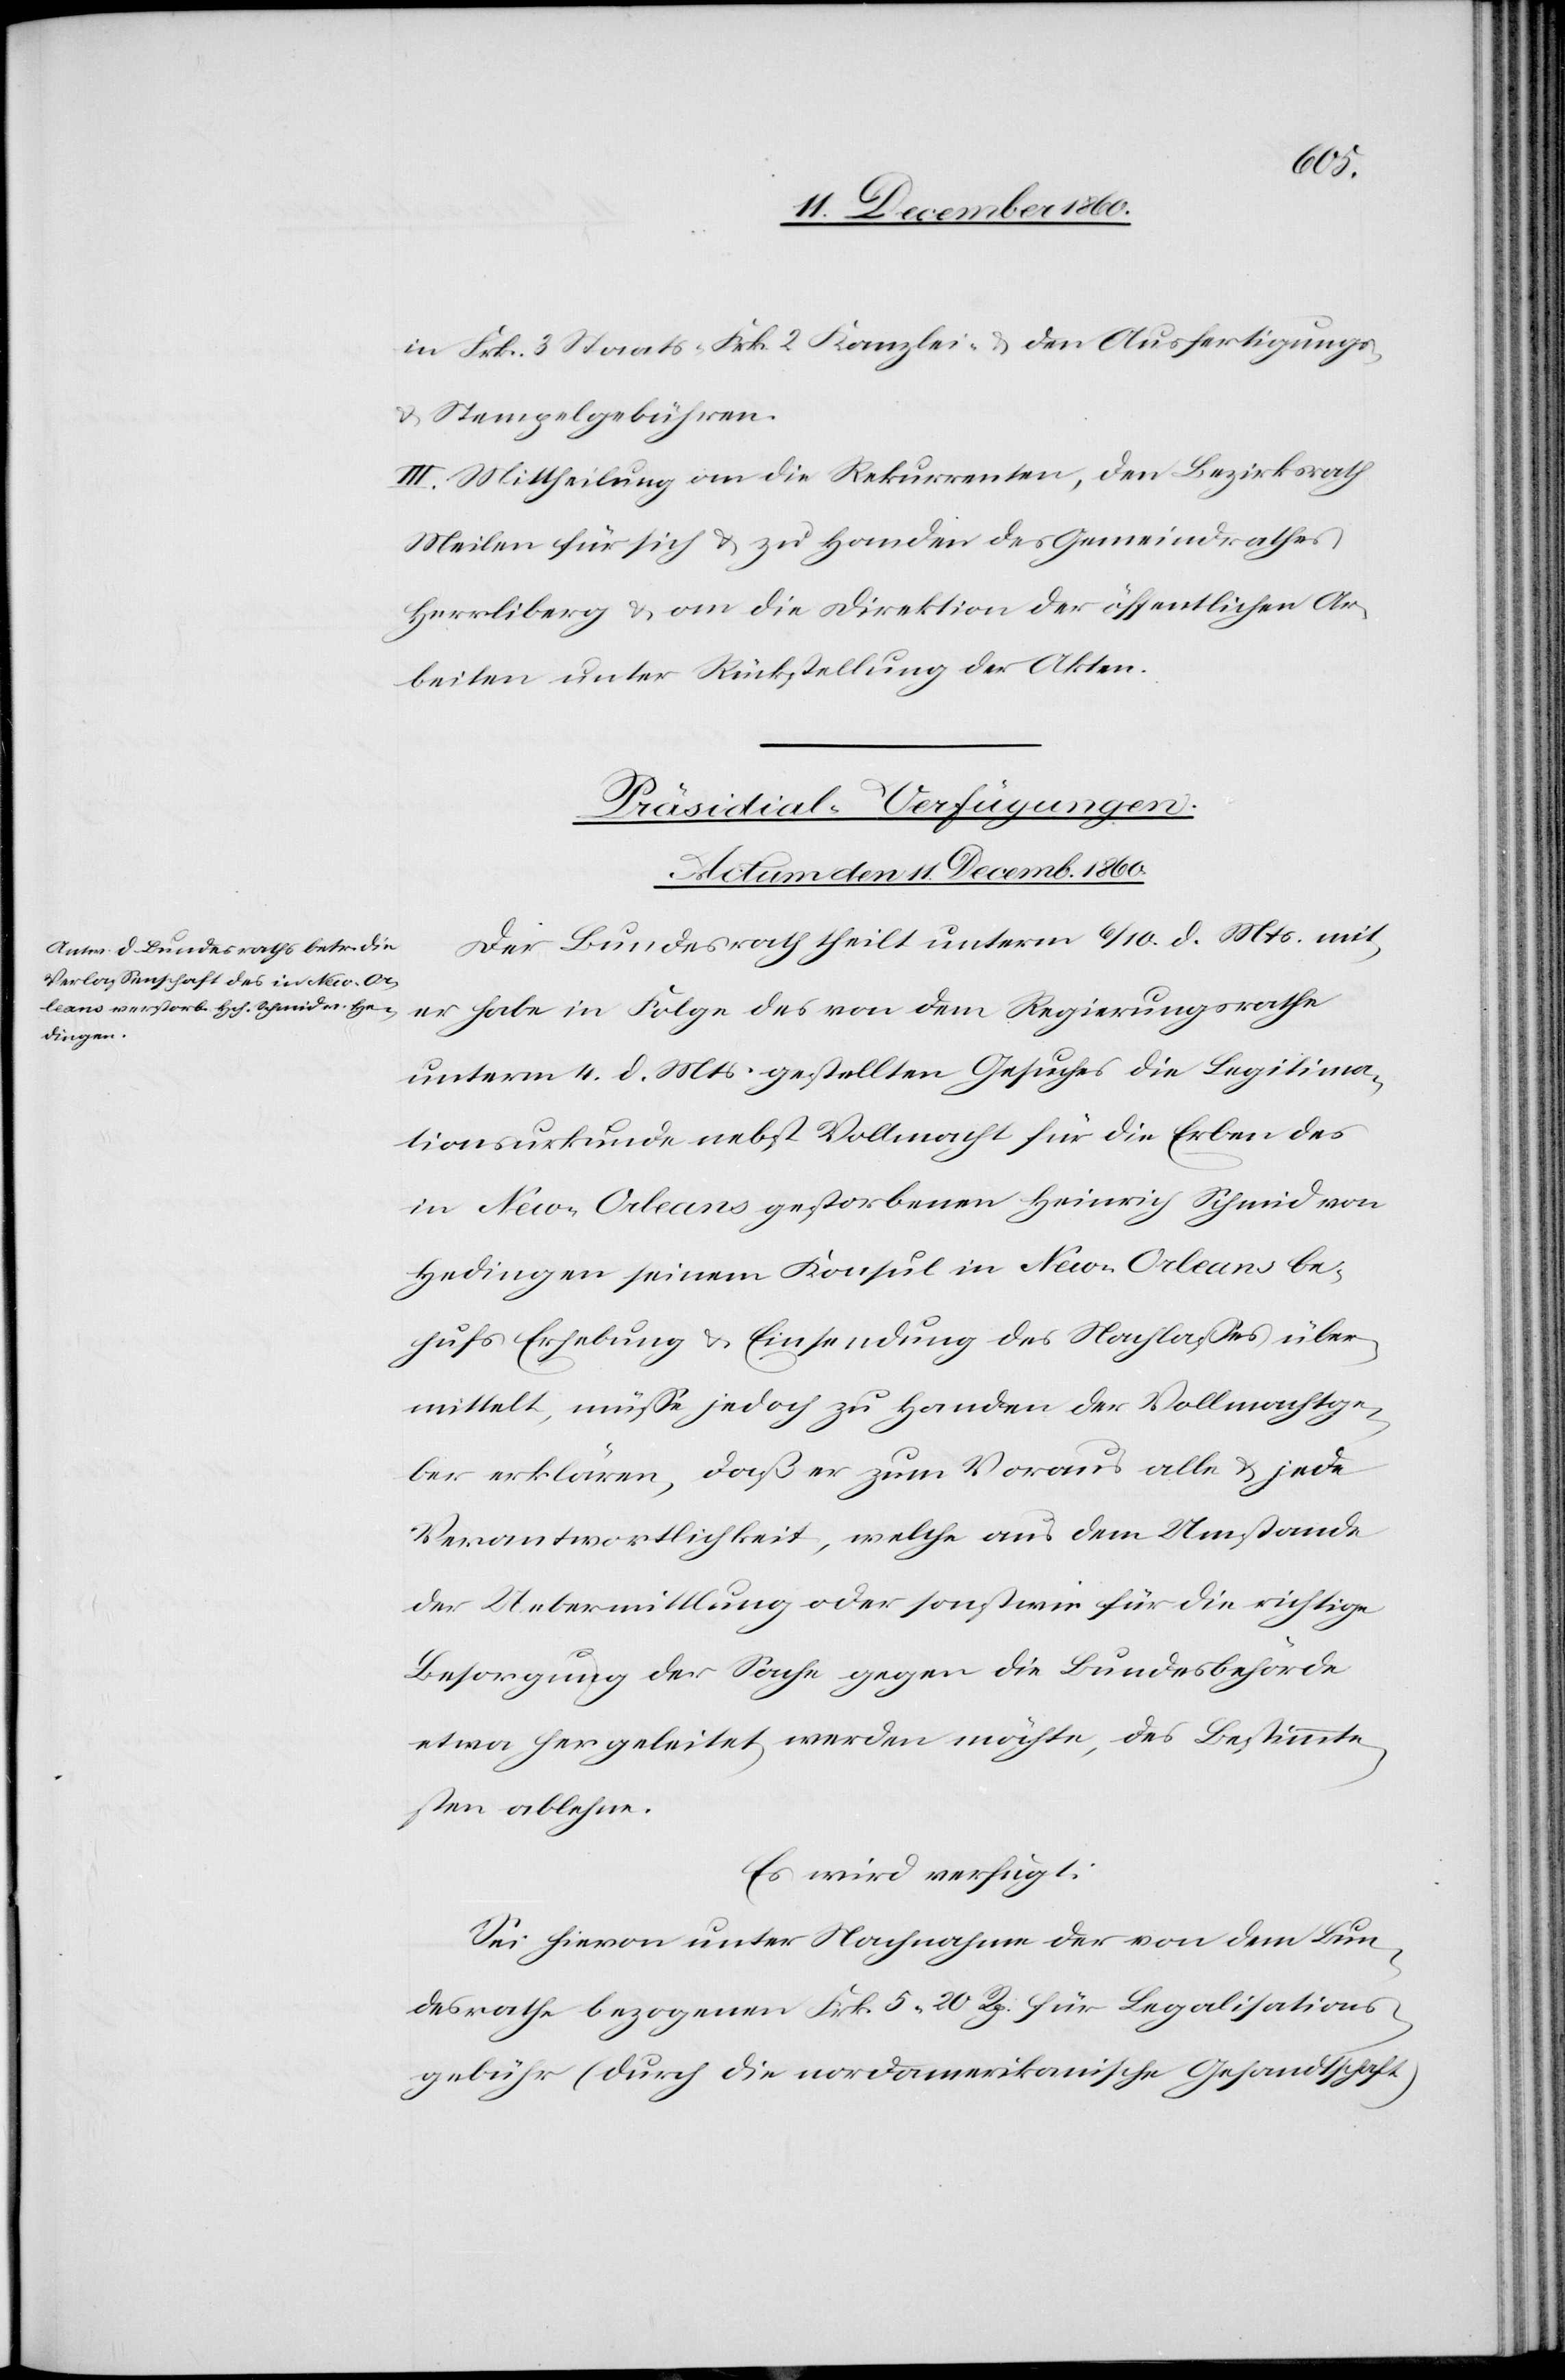
in Frk. 3 Staats-[,] Frk. 2 Kanzlei- u. den Ausfertigungs-
u. Stempelgebühren.
III. Mittheilung an die Rekurrenten, den Bezirksrath
Meilen für sich u. zu Handen des Gemeindrathes
Herrliberg u. an die Direktion der öffentlichen Ar¬
beiten unter Rückstellung der Akten.
Präsidial-Verfügungen.
Actum den 11. Decemb. 1860.
Der Bundesrath theilt unterm 6/10. d. Mts. mit,
er habe in Folge des von dem Regierungsrathe
unterm 4. d. Mts. gestellten Gesuches die Legitima¬
tionsurkunde nebst Vollmacht für die Erben des
in New-Orleans gestorbenen Heinrich Schmid von
Hedingen seinem Konsul in New-Orelans be¬
hufs Erhebung u. Einsendung des Nachlasses über¬
mittelt, müsse jedoch zu Handen der Vollmachtge¬
ber erklären, daß er zum Voraus alle u. jede
Verantwortlichkeit, welche aus dem Umstande
der Uebermittlung oder sonst wie für die richtige
Besorgung der Sache gegen die Bundesbehörde
etwa hergeleitet werden möchte, des Bestimmte¬
sten ablehne.
Es wird verfügt:
Sei hievon unter Nachnahme der von dem Bun¬
desrathe bezogenen Frk. 5 20 Rp. für Legalisations¬
gebühr (durch die nordamerikanische Gesandtschaft)